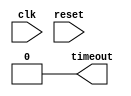
module timeout(
    clk, reset,
    timeout
  );
  parameter TIMEOUT = 20'b0;

  input  clk, reset;
  output timeout;

  reg [19:0] counter;

  assign timeout = TIMEOUT == 0 ? 1'b0 : counter >= TIMEOUT;

  always @(posedge clk) begin
    if (reset | timeout) begin
      counter <= 20'b0;
    end else begin
      counter <= counter + 20'b1;
    end
  end
endmodule